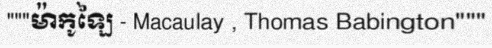
"""ម៉ាកូឡៃ - Macaulay , Thomas Babington"""